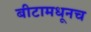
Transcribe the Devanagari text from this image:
बीटामधूनच